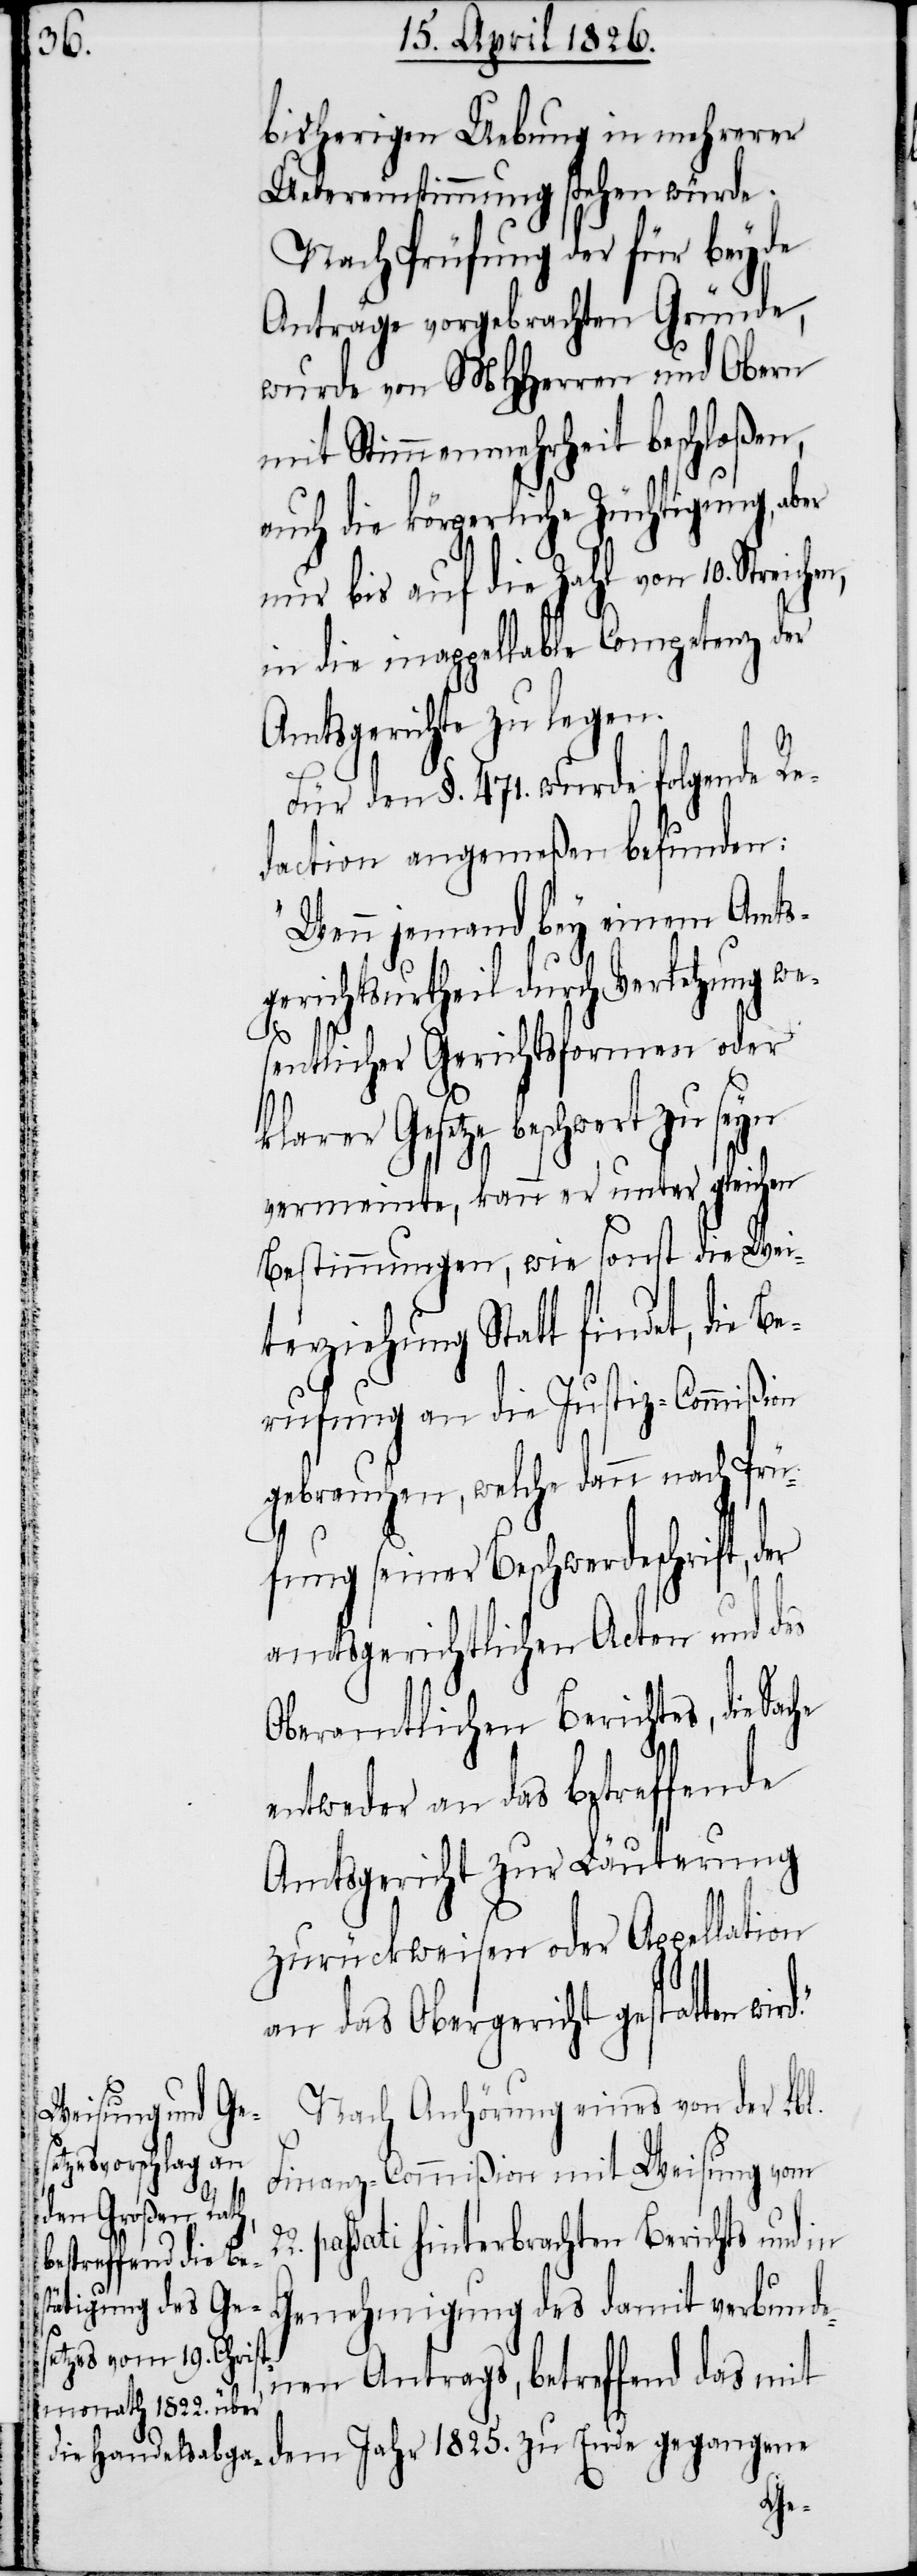
bisherigen Uebung in mehrerer
Uebereinstimmung stehen würde.
Nach Prüfung der für beyde
Anträge vorgebrachten Gründe,
wurde von MHHerren und Obern
mit Stimmenmehrheit beschloßen,
auch die körperliche Züchtigung, aber
nur bis auf die Zahl von 10. Strei¬
in die inappellable Competenz der
Amtsgerichte zu legen.
Für den §. 471. wurde folgende Re¬
daction angemeßen befunden:
„Wenn jemand bey einem Amts¬
gerichtsurtheil durch Verletzung we¬
der
sentlicher Gerichtsformen oder
setze beschwert zu seyn
vermeinte, kann er unter gleichen
Bestimmungen, wie sonst die Wei¬
terziehung Statt findet, die Be¬
rufung an die Justiz-Commißion
gebrauchen, welche dann nach Prü¬
fung seiner Beschwerdeschrift,
amtsgerichtlichen Acten und des
Oberamtlichen Berichtes, die
entweder an das betreffende
Amtsgericht zur Läuterung
zurückweisen oder Appellation
an das Obergericht gestatten
Nach Anhörung eines von der Lbl.
Finanz-Commißion mit Weisung vom
passati hinterbrachten Berichts und in
Genehmigung des damit verbunde¬
nen Antrags, betreffend das mit
dem Jahr 1825. zu Ende gegangene
Ge¬